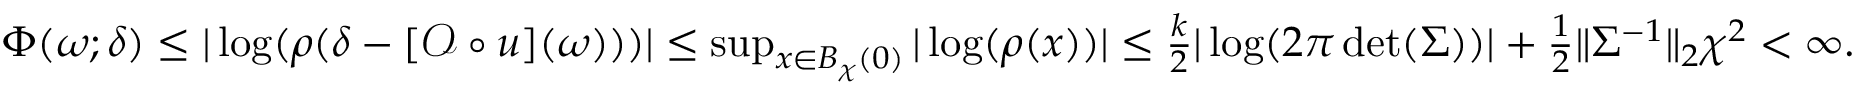
\begin{array} { r } { \Phi ( \omega ; \delta ) \le | \log ( \rho ( \delta - [ \mathcal { O } \circ u ] ( \omega ) ) ) | \le \operatorname* { s u p } _ { x \in B _ { \chi } ( 0 ) } | \log ( \rho ( x ) ) | \le \frac { k } { 2 } | \log ( 2 \pi \operatorname* { d e t } ( \Sigma ) ) | + \frac { 1 } { 2 } \| \Sigma ^ { - 1 } \| _ { 2 } \chi ^ { 2 } < \infty . } \end{array}